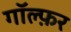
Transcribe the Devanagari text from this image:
गॉल्फ़र